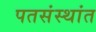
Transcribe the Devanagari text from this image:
पतसंस्थांत